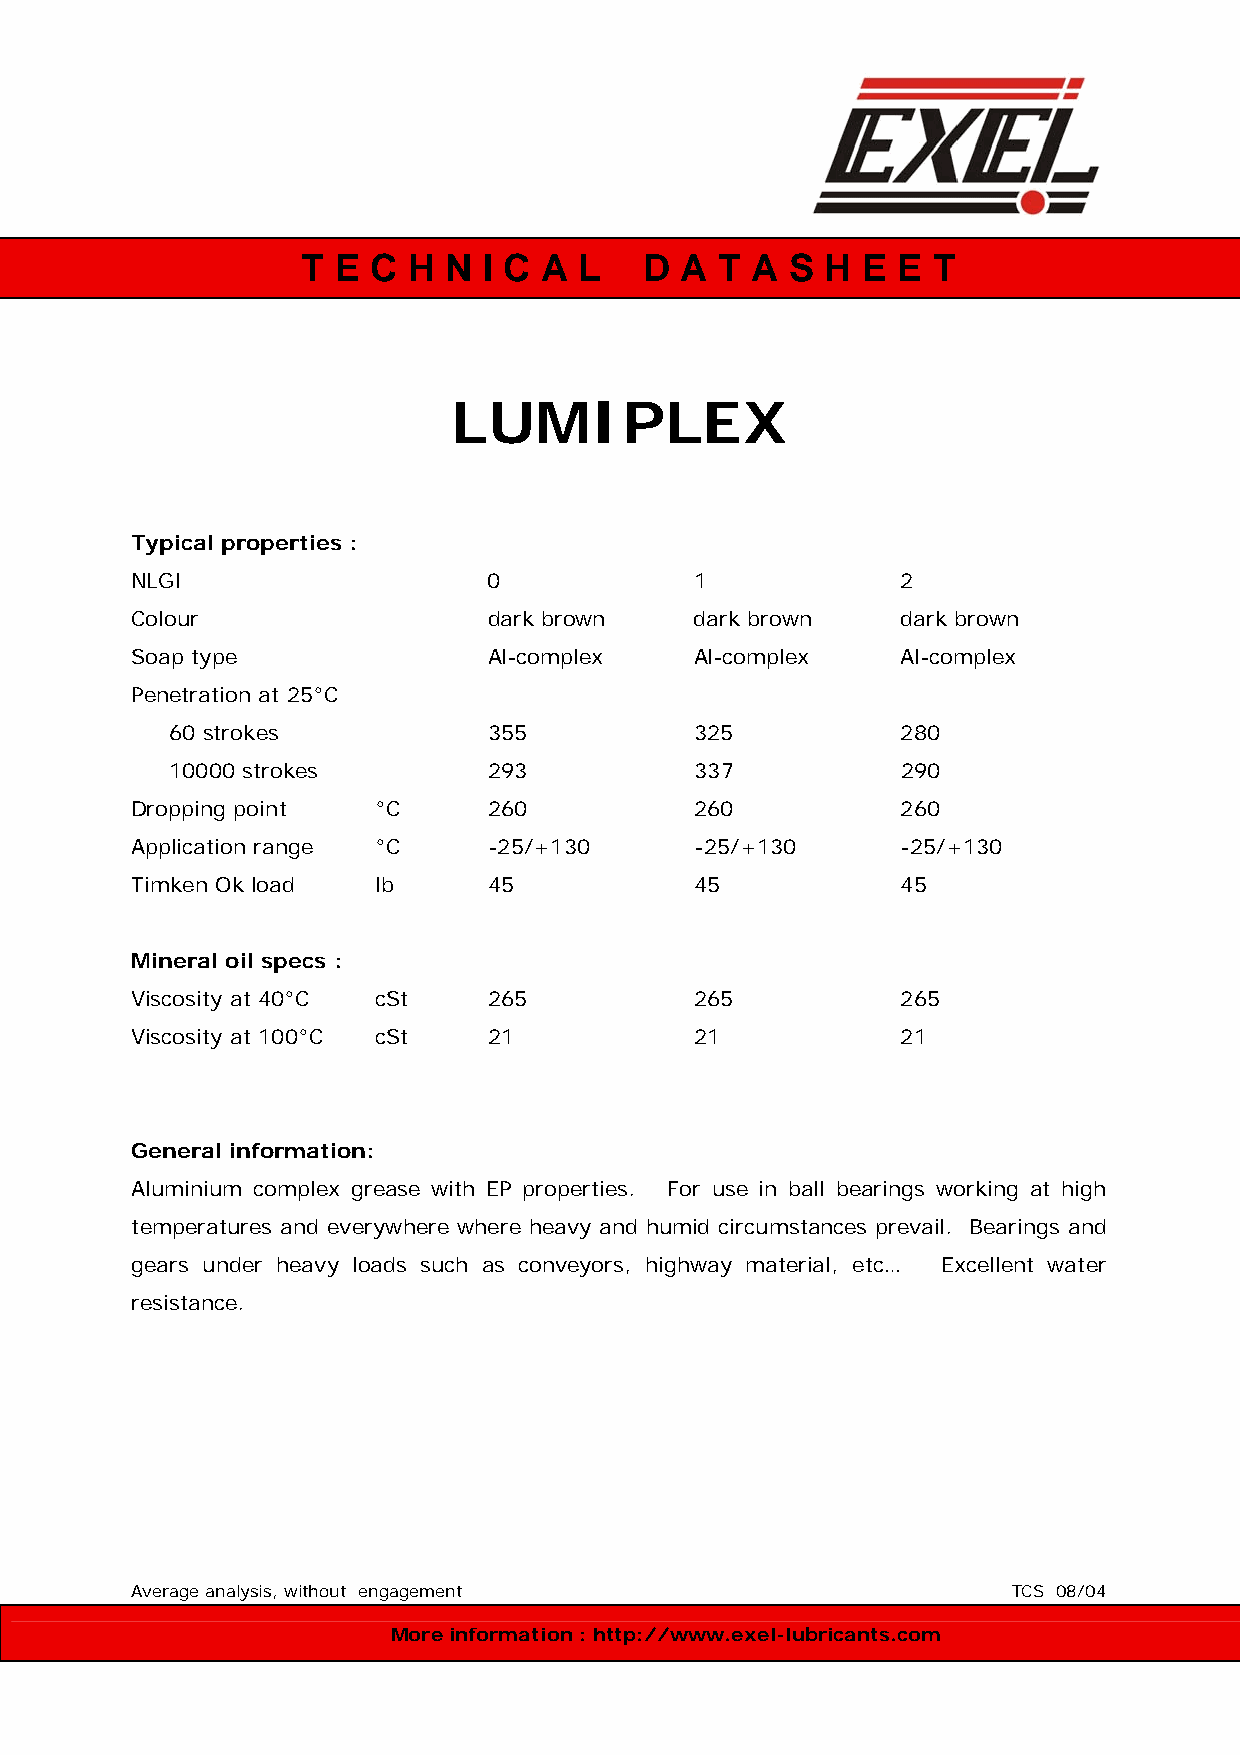
T E C  H N  I C A L    D A  T A S  H E E  T
 LUMIPLEX
 Typical properties :
 NLGI                   0             1             2
 Colour                 dark brown    dark brown    dark brown
 Soap type              Al-complex    Al-complex    Al-complex
 Penetration at 25°C
 60 strokes           355           325           280
 10000 strokes        293           337           290
 Dropping point  °C     260           260           260
 Application range °C   -25/+130      -25/+130      -25/+130
 Timken Ok load  lb     45            45            45
 Mineral oil specs :
 Viscosity at 40°C cSt  265           265           265
 Viscosity at 100°C cSt 21            21            21
 General information:
 Aluminium complex grease with EP properties. For use in ball bearings working at high
 temperatures and everywhere where heavy and humid circumstances prevail. Bearings and
 gears under heavy loads such as conveyors, highway material, etc… Excellent water
 resistance.
 Average analysis, without engagement                      TCS 08/04
 More information : http://www.exel-lubricants.com